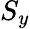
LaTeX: S_{y}